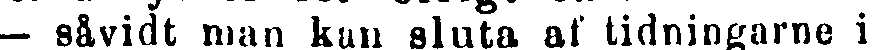
— såvidt man kan sluta af tidningarne i